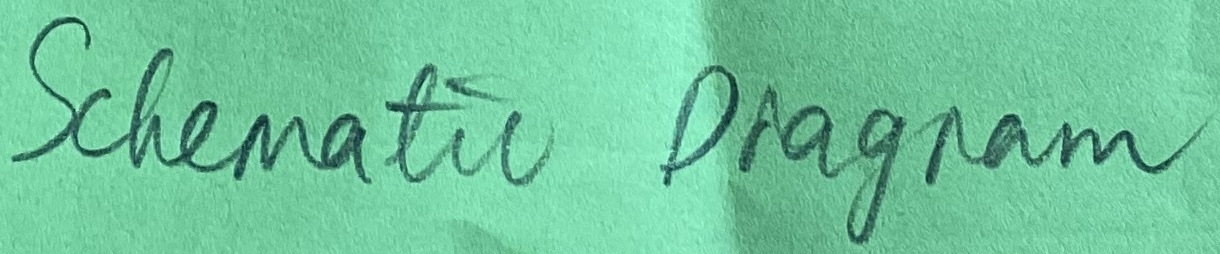
Text: Schematic Diagram